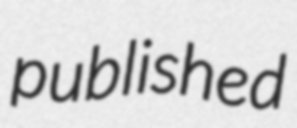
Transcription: published